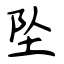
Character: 坠